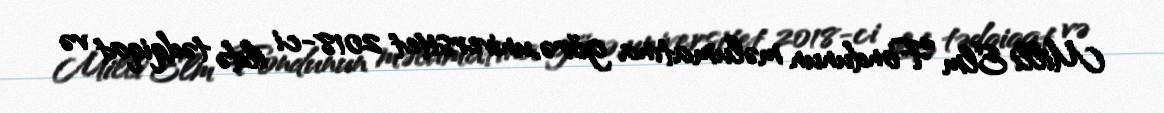
Milli Elm Fondunun məlumatına görə, universitet 2018-ci ildə tədqiqat və